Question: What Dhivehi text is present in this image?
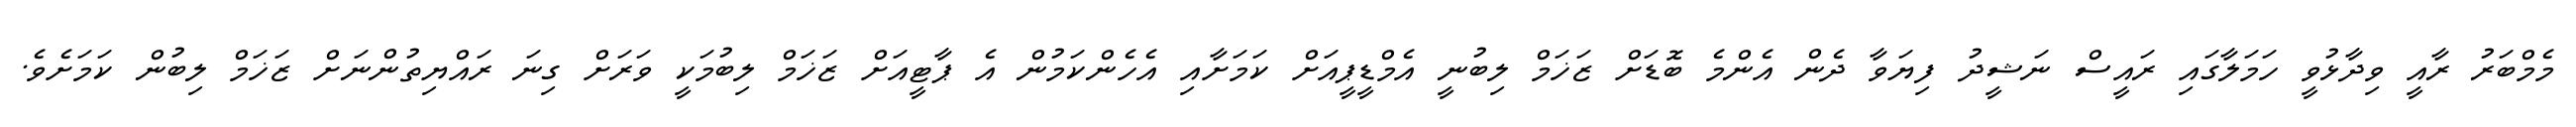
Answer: މެމްބަރު ރާއީ ވިދާޅުވީ ހަމަލާގައި ރައީސް ނަޝީދު ފިޔަވާ ދެން އެންމެ ބޮޑަށް ޒަޚަމް ލިބުނީ އެމްޑީޕީއަށް ކަމަށާއި އެހެންކަމުން އެ ޕާޓީއަށް ޒަޚަމް ލިބުމަކީ ވަރަށް ގިނަ ރައްޔިތުންނަށް ޒަޚަމް ލިބުން ކަމަށެވެ.